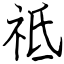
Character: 祗